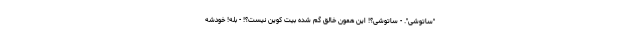
"ساتوشی". - ساتوشی؟! این همون خالق گم شده بیت کوین نیست؟! - بله! خودشه